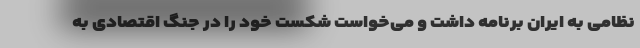
نظامی به ایران برنامه داشت و می‌خواست شکست خود را در جنگ اقتصادی به